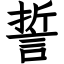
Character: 誓